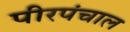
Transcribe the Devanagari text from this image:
पीरपंचाल